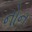
નોન